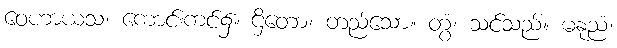
ဝေဟာယသံ၊ ကောင်းကင်၌။ ဌိတော၊ တည်သော။ တွံ၊ သင်သည်။ မနုညံ၊